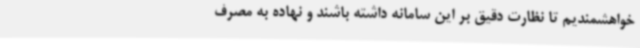
خواهشمندیم تا نظارت دقیق بر این سامانه داشته باشند و نهاده به مصرف